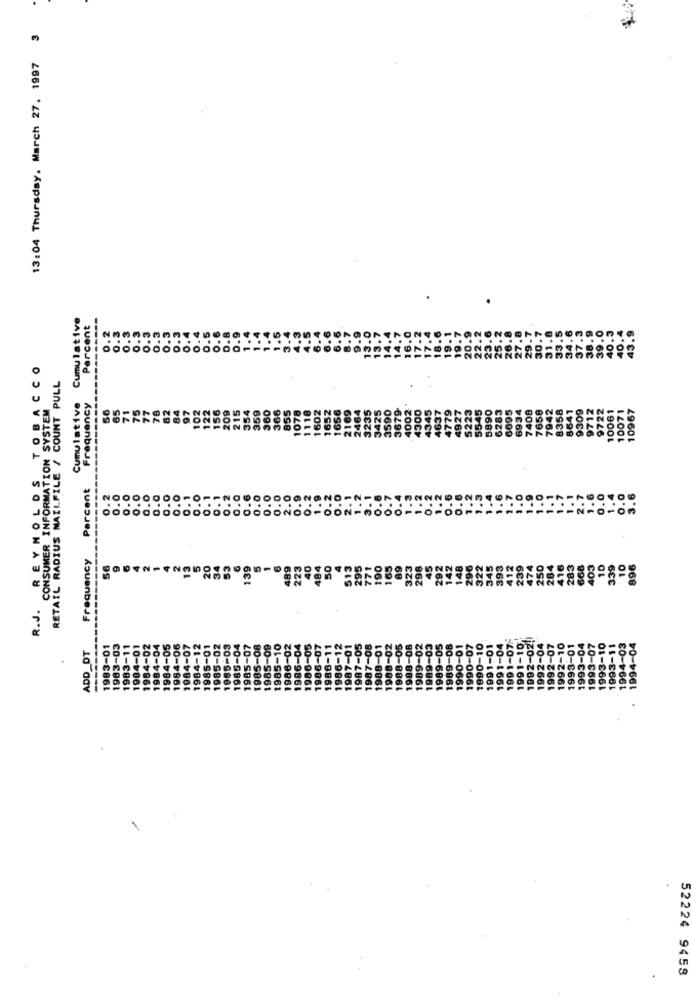
13:04 Thursday, March 27. 1997 3
.
Cumulative
Percent
--------
0.3
0.3
.3
0.3
0.4
0.5
3.9
0.2
0.2
0.3
0.
0.4
R.J. REYNOLDS TOBACCO
RETAIL RADIUS MAILFILE / COUNT PULL
Cumulative
CONSUMER INFORMATION SYSTEM
Frequency
56
65
71
75
78
82
84
97
102
156
209
354
359
7408
8358
9722
10061
10071
10967
77
122
21
6283
6095
693
930
97
76
79
Percent
000000000000000000200-00N-
Frequency
56
13
20
34
53
6
139
489
223
40
484
50
4
613
295
771
190
165
89
323
298
45
292
142
148
296
322
345
393
412
239
474
250
284
416
283
668
103
10
339
10
896
4-06
4-07
4-12
01
-02
-03
-04
08
09
02
986-07
1986-11
86-12
1987-05
1991-04
1991-07-
1991-10
1992-02.
1983-01
-03
-04
-05
-07
-04
-05
1987-01
1987-08
1988-01
1988-02
1988-05
1988-08
1989-02
989-03
1989-05
89-08
1990-01
1990-07
1990-10
1991-01
1992-04
1992-07
1992-10
1993-01
1993-04
1993-07
1993-10
1993-11
1994-03
1994-04
ADD_DT
52224 9458